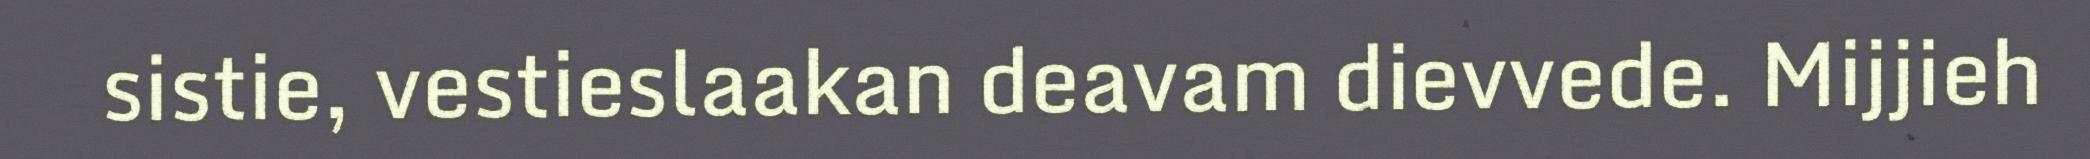
sistie, vestieslaakan deavam dievvede. Mijjieh